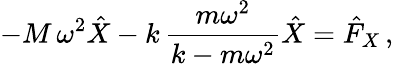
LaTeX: -M\, \omega^{2}\hat{X}-k\, \frac{m\omega^{2}}{k-m\omega^{2}}\hat{X}=\hat{F}_{X}\, ,